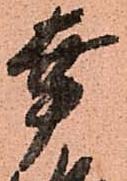
幸